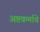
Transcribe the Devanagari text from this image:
अष्टकर्माचे